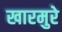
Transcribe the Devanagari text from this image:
खारमुरे